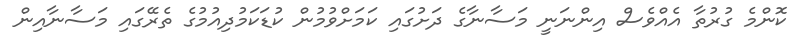
ކޮންމެ ގުރުތާ އެއްވެސް އިންނަނީ މަސާނާގެ ދަށުގައި ކަމަށްވުމުން ކުޑަކަމުދިއުމުގެ ތެރޭގައި މަސާނާއިން